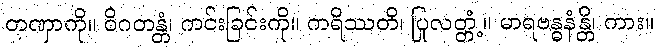
တဏှာကို။ ဝိဂတန္တံ၊ ကင်းခြင်းကို။ ကရိဿတိ၊ ပြုလတ္တံ့။ မာရဗန္ဓနံန္တိ၊ ကား။